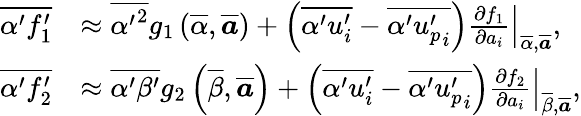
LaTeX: \begin{array}{rl}{\overline{{\alpha^{\prime}f_{1}^{\prime}}}}&{\approx\overline{{{\alpha^{\prime}}^{2}}}g_{1}\left(\overline{{\alpha}},\overline{{\boldsymbol a}}\right)+\left(\overline{{\alpha^{\prime}u_{i}^{\prime}}}-\overline{{\alpha^{\prime}{u_{p}^{\prime}}_{i}}}\right)\left.\frac{\partial f_{1}}{\partial{a}_{i}}\right|_{\overline{{\alpha}},\overline{{\boldsymbol{a}}}},}\\ {\overline{{\alpha^{\prime}f_{2}^{\prime}}}}&{\approx\overline{{\alpha^{\prime}\beta^{\prime}}}g_{2}\left(\overline{{\beta}},\overline{{\boldsymbol a}}\right)+\left(\overline{{\alpha^{\prime}u_{i}^{\prime}}}-\overline{{\alpha^{\prime}{{u_{p}^{\prime}}_{i}}}}\right)\left.\frac{\partial f_{2}}{\partial{a_{i}}}\right|_{\overline{{\beta}},\overline{{\boldsymbol{a}}}},}\end{array}